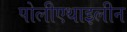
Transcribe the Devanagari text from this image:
पोलीएथाइलीन